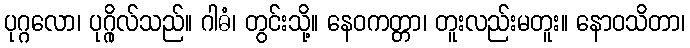
ပုဂ္ဂလော၊ ပုဂ္ဂိုလ်သည်။ ဂါဓံ၊ တွင်းသို့။ နေဝကတ္တာ၊ တူးလည်းမတူး။ နောဝသိတာ၊